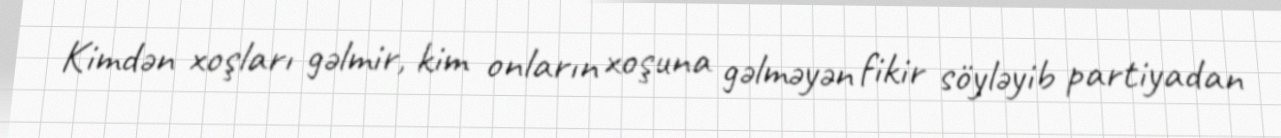
Kimdən xoşları gəlmir, kim onların xoşuna gəlməyən fikir söyləyib partiyadan